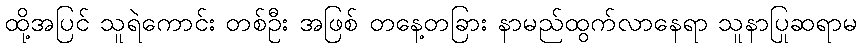
ထို့အပြင် သူရဲကောင်း တစ်ဦး အဖြစ် တနေ့တခြား နာမည်ထွက်လာနေရာ သူနာပြုဆရာမ